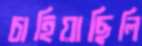
চাহিয়াছিলি